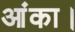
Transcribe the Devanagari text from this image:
आंका।